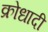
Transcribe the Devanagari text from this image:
क्रोधादी